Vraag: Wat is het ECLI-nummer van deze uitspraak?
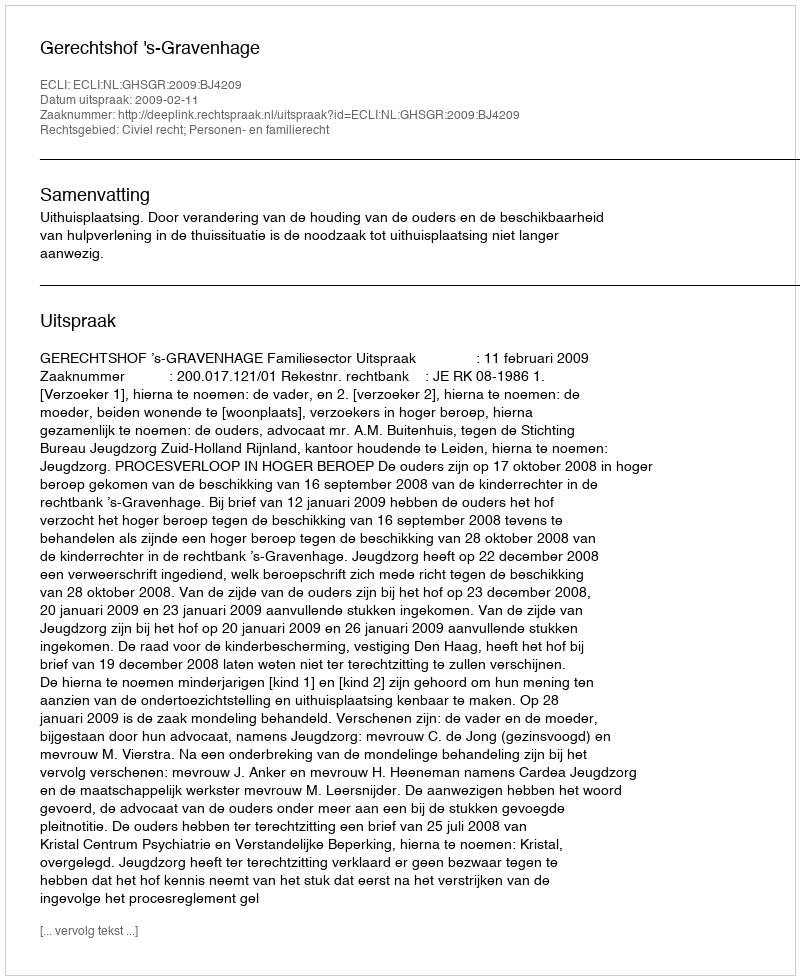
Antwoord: ECLI:NL:GHSGR:2009:BJ4209